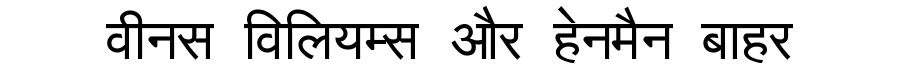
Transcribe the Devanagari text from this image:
वीनस विलियम्स और हेनमैन बाहर